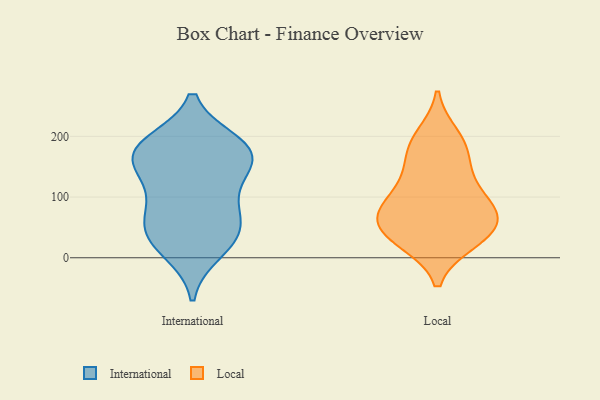
{"axis": {"x": "Headcount", "y": "Value"}, "legend": ["International", "Local"], "data": [{"x": "", "y": 177, "type": "International"}, {"x": "", "y": 124, "type": "International"}, {"x": "", "y": 88, "type": "International"}, {"x": "", "y": 170, "type": "International"}, {"x": "", "y": 77, "type": "International"}, {"x": "", "y": 12, "type": "International"}, {"x": "", "y": 187, "type": "International"}, {"x": "", "y": 44, "type": "International"}, {"x": "", "y": 166, "type": "International"}, {"x": "", "y": 156, "type": "International"}, {"x": "", "y": 181, "type": "International"}, {"x": "", "y": 41, "type": "International"}, {"x": "", "y": 34, "type": "International"}, {"x": "", "y": 129, "type": "Local"}, {"x": "", "y": 27, "type": "Local"}, {"x": "", "y": 86, "type": "Local"}, {"x": "", "y": 55, "type": "Local"}, {"x": "", "y": 200, "type": "Local"}, {"x": "", "y": 56, "type": "Local"}, {"x": "", "y": 30, "type": "Local"}, {"x": "", "y": 175, "type": "Local"}, {"x": "", "y": 87, "type": "Local"}, {"x": "", "y": 186, "type": "Local"}, {"x": "", "y": 136, "type": "Local"}, {"x": "", "y": 70, "type": "Local"}, {"x": "", "y": 33, "type": "Local"}, {"x": "", "y": 80, "type": "Local"}]}